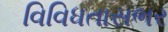
વિવિધતાસભર